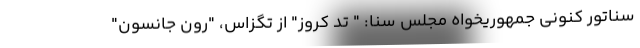
سناتور کنونی جمهوریخواه مجلس سنا: " تد کروز" از تگزاس، "رون جانسون"